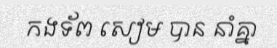
កងទ័ព សៀម បាន នាំគ្នា